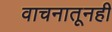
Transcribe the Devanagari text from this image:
वाचनातूनही